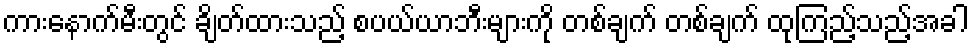
ကားနောက်မီးတွင် ချိတ်ထားသည့် စပယ်ယာဘီးများကို တစ်ချက် တစ်ချက် ထုကြည့်သည့်အခါ